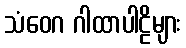
သံဝေဂ ဂါထာပါဠိများ